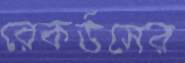
রেকর্ডসের